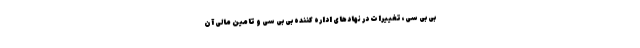
بی بی سی، تغییرات در نهادهای اداره کننده بی بی سی و تامین مالی آن